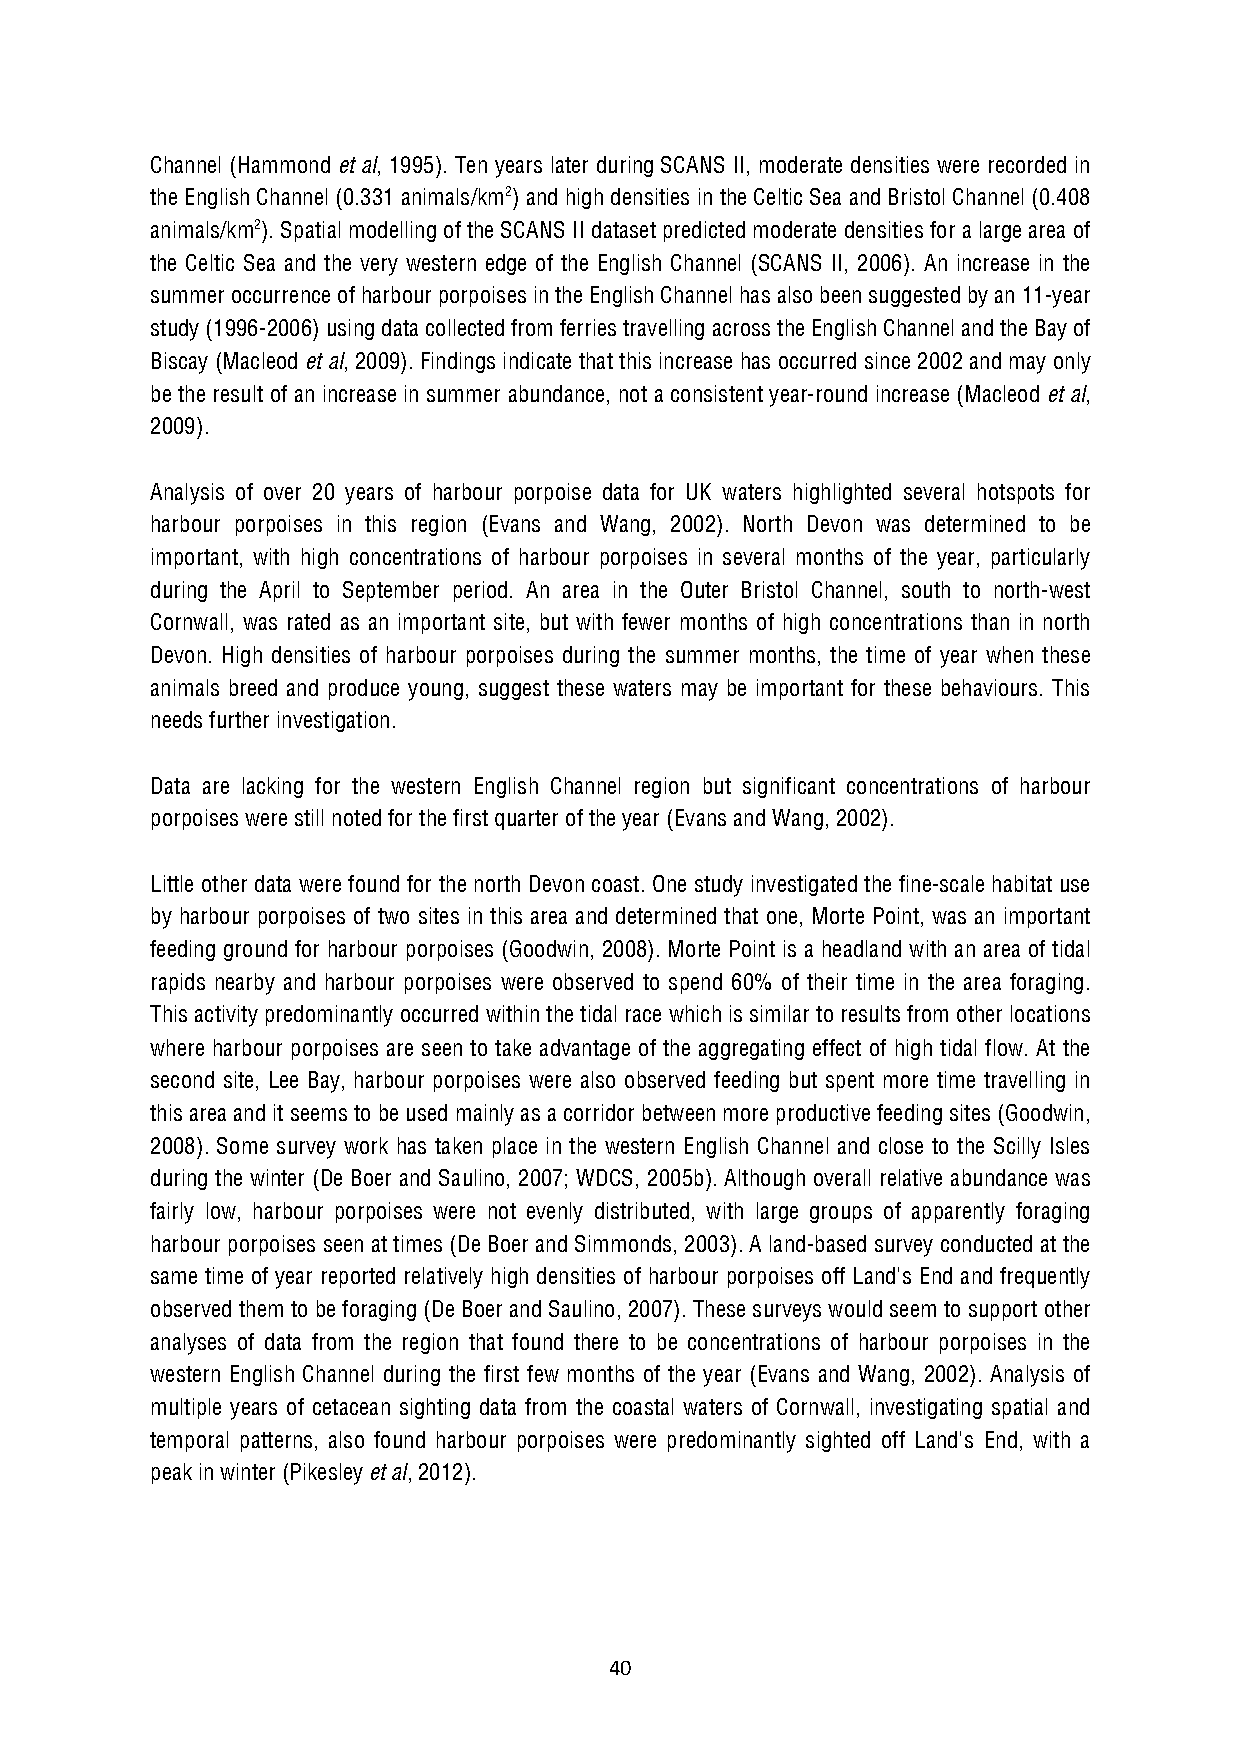
Channel (Hammond et al, 1995). Ten years later during SCANS II, moderate densities were recorded in
 the English Channel (0.331 animals/km2) and high densities in the Celtic Sea and Bristol Channel (0.408
 animals/km2). Spatial modelling of the SCANS II dataset predicted moderate densities for a large area of
 the Celtic Sea and the very western edge of the English Channel (SCANS II, 2006). An increase in the
 summer occurrence of harbour porpoises in the English Channel has also been suggested by an 11-year
 study (1996-2006) using data collected from ferries travelling across the English Channel and the Bay of
 Biscay (Macleod et al, 2009). Findings indicate that this increase has occurred since 2002 and may only
 be the result of an increase in summer abundance, not a consistent year-round increase (Macleod et al,
 2009).
 Analysis of over 20 years of harbour porpoise data for UK waters highlighted several hotspots for
 harbour porpoises in this region (Evans and Wang, 2002). North Devon was determined to be
 important, with high concentrations of harbour porpoises in several months of the year, particularly
 during the April to September period. An area in the Outer Bristol Channel, south to north-west
 Cornwall, was rated as an important site, but with fewer months of high concentrations than in north
 Devon. High densities of harbour porpoises during the summer months, the time of year when these
 animals breed and produce young, suggest these waters may be important for these behaviours. This
 needs further investigation.
 Data are lacking for the western English Channel region but significant concentrations of harbour
 porpoises were still noted for the first quarter of the year (Evans and Wang, 2002).
 Little other data were found for the north Devon coast. One study investigated the fine-scale habitat use
 by harbour porpoises of two sites in this area and determined that one, Morte Point, was an important
 feeding ground for harbour porpoises (Goodwin, 2008). Morte Point is a headland with an area of tidal
 rapids nearby and harbour porpoises were observed to spend 60% of their time in the area foraging.
 This activity predominantly occurred within the tidal race which is similar to results from other locations
 where harbour porpoises are seen to take advantage of the aggregating effect of high tidal flow. At the
 second site, Lee Bay, harbour porpoises were also observed feeding but spent more time travelling in
 this area and it seems to be used mainly as a corridor between more productive feeding sites (Goodwin,
 2008). Some survey work has taken place in the western English Channel and close to the Scilly Isles
 during the winter (De Boer and Saulino, 2007; WDCS, 2005b). Although overall relative abundance was
 fairly low, harbour porpoises were not evenly distributed, with large groups of apparently foraging
 harbour porpoises seen at times (De Boer and Simmonds, 2003). A land-based survey conducted at the
 same time of year reported relatively high densities of harbour porpoises off Land's End and frequently
 observed them to be foraging (De Boer and Saulino, 2007). These surveys would seem to support other
 analyses of data from the region that found there to be concentrations of harbour porpoises in the
 western English Channel during the first few months of the year (Evans and Wang, 2002). Analysis of
 multiple years of cetacean sighting data from the coastal waters of Cornwall, investigating spatial and
 temporal patterns, also found harbour porpoises were predominantly sighted off Land's End, with a
 peak in winter (Pikesley et al, 2012).
 40